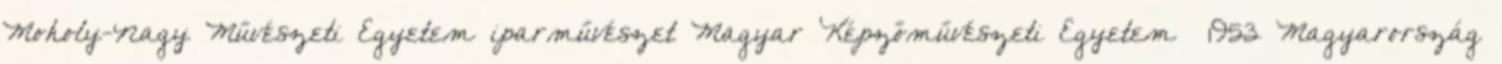
Moholy-Nagy Művészeti Egyetem iparművészet Magyar Képzőművészeti Egyetem –1953 Magyarország